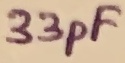
Text: 33pF